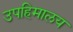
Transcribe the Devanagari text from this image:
उपहिमालय